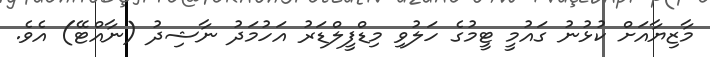
މާޒިޔާއަށް ކުޅުނު ގައުމީ ޓީމުގެ ހަލުވި މިޑްފީލްޑަރު އަހުމަދު ނާޝިދު (ނާއްޓޭ) އެވެ.